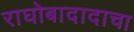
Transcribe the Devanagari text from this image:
राघोबादादाचा